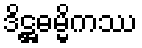
ဒိဋ္ဌဓမ္မိကဿ